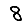
Digit: 8